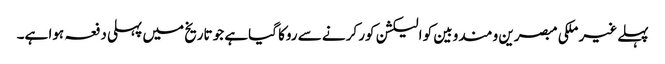
پہلے غیر ملکی مبصرین و مندوبین کو الیکشن کور کرنے سے روکا گیاہے جو تاریخ میں پہلی دفعہ ہوا ہے۔